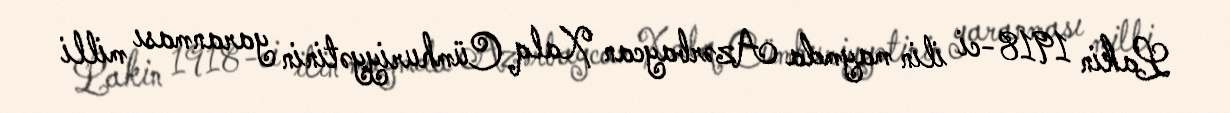
Lakin 1918-ci ilin maymda Azərbaycan Xalq Cümhuriyyətinin yaranması milli